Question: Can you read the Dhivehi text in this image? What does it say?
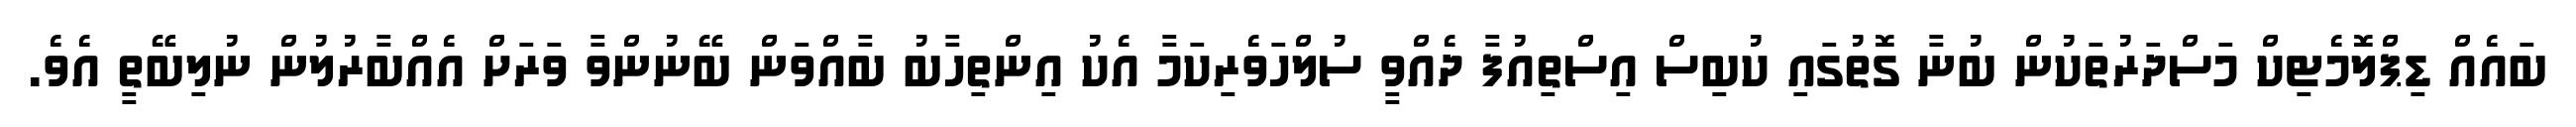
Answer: ބައެއް ޑިޕްލޮމެޓިކް މަސްދަރުތަކުން ބުނާ ގޮތުގައި ކުބިސް އިސްތިއުފާ ދެއްވީ ސުލްހަވެރިކަމާ އެކު އިންތިހާބު ބާއްވަން ބޭނުންވާ ވަރަށް އެއްބާރުލުން ނުލިބޭތީ އެވެ.